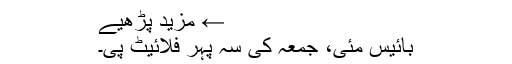
← مزید پڑھیے
بائیس مئی، جمعہ کی سہ پہر فلائیٹ پی۔